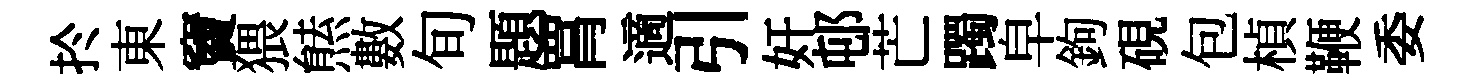
扵東竇猥㷱數旬題罥適引奸邨芒躅皁鉤硯包楨鞭委